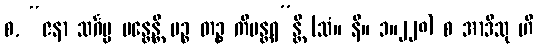
စ, “ဇနာ သင်္ဂမ္မ မန္တေန္တိ မဉ္စ တဉ္စ ကိမန္တရ”န္တိ (သံ။ နိ။ ၁။၂၂၈) စ အာဒီသု ဟိ